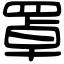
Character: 罩